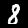
Label: 8